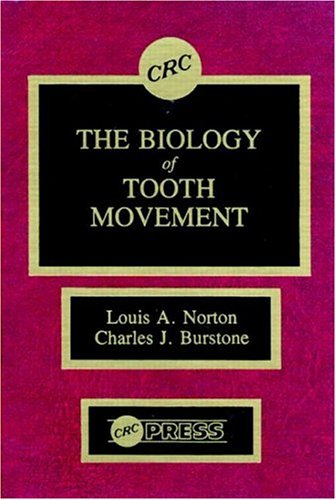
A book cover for The Biology of Tooth Movement; Louis A. Norton; Medical Books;